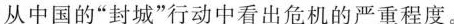
从中国的”封城”行动中看出危机的严重程度。